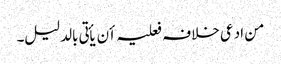
من ادعی خلافہ فعلیہ أن یأتی بالدلیل۔